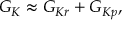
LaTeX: { \cal G } _ { K } \approx { \cal G } _ { K r } + { \cal G } _ { K p } ,